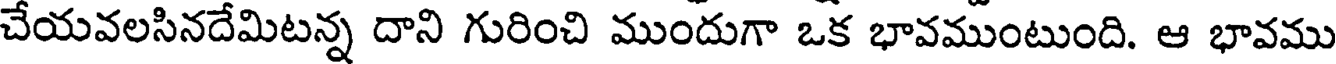
చేయవలసినదేమిటన్న దాని గురించి ముందుగా ఒక భావముంటుంది. ఆ భావము